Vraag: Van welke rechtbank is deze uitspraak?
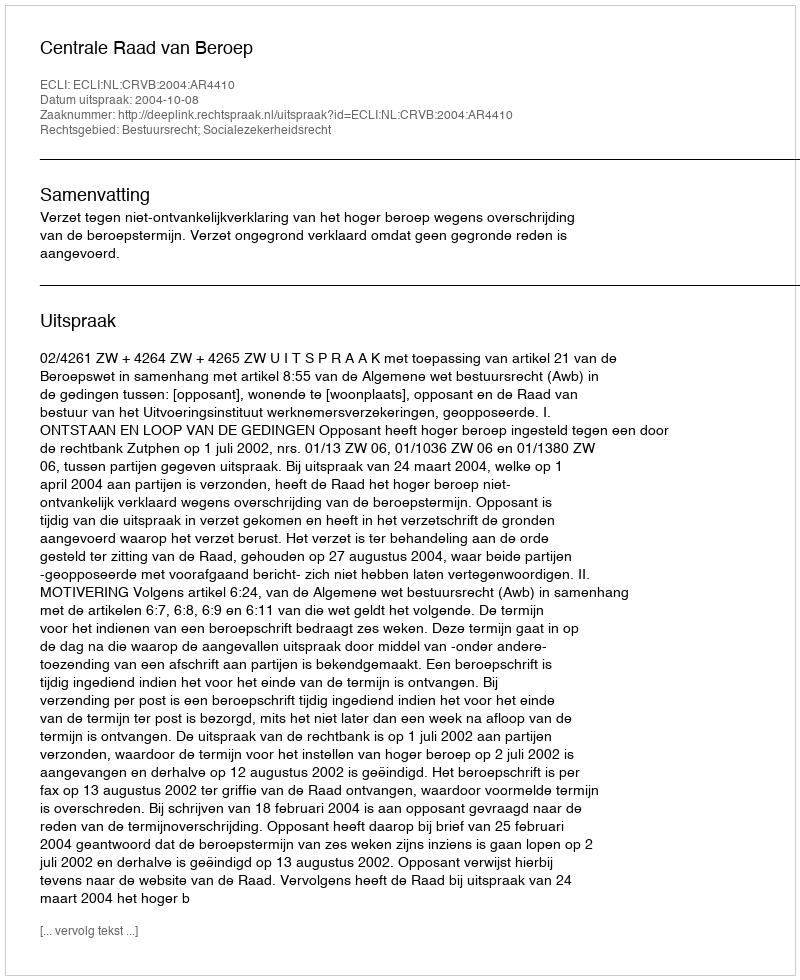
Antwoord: Centrale Raad van Beroep